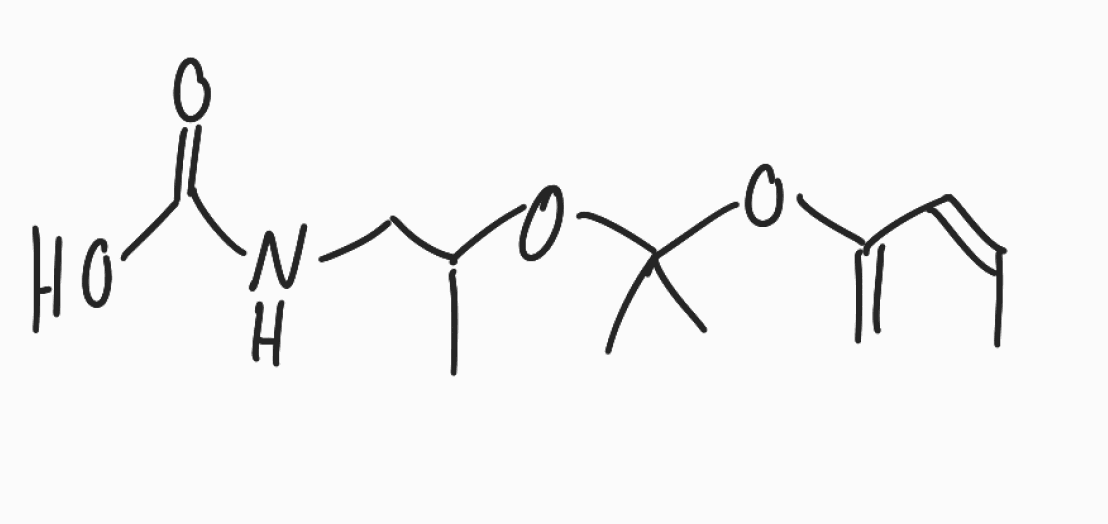
Simplified molecular-input line-entry system (SMILES) notation of the given molecule:
C/C=C\C(=C)OC(C)(C)OC(C)CNC(=O)O